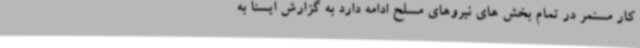
کار مستمر در تمام بخش های نیروهای مسلح ادامه دارد به گزارش ایسنا به